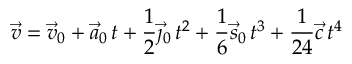
{ \vec { v } } = { \vec { v } } _ { 0 } + { \vec { a } } _ { 0 } \, t + { \frac { 1 } { 2 } } { \vec { \jmath } } _ { 0 } \, t ^ { 2 } + { \frac { 1 } { 6 } } { \vec { s } } _ { 0 } \, t ^ { 3 } + { \frac { 1 } { 2 4 } } { \vec { c } } \, t ^ { 4 }